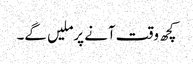
کچھ وقت آنے پرملیں گے۔